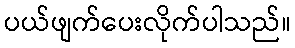
ပယ်ဖျက်ပေးလိုက်ပါသည်။